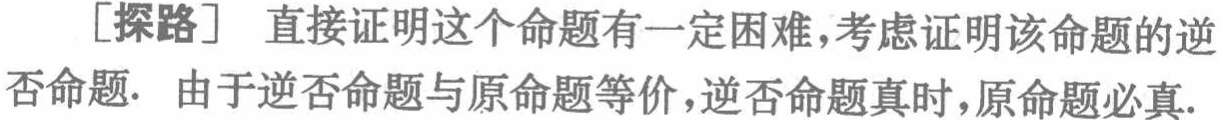
[探路] 直接证明这个命题有一定困难,考虑证明该命题的逆否命题. 由于逆否命题与原命题等价,逆否命题真时,原命题必真.